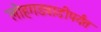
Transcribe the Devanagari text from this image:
लोहगडवाडीपर्यंत